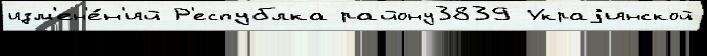
изм'ен'е́н'ий Р'еспублка району3839 Украjинской